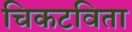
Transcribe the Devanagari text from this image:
चिकटविता